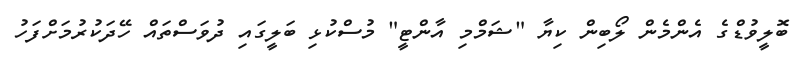
ބޮލީވުޑްގެ އެންމެން ލޯބިން ކިޔާ "ޝަމްމި އާންޓީ" މުސްކުޅި ބަލީގައި ދުވަސްތައް ހޭދަކުރުމަށްފަހު